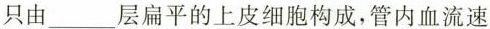
只由___层扁平的上皮细胞构成，管内血流速